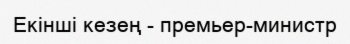
Екінші кезең - премьер-министр